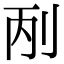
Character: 𠛥